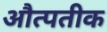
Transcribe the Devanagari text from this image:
औत्पतीक